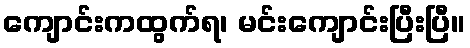
ကျောင်းကထွက်ရ၊ မင်းကျောင်းပြီးပြီ။